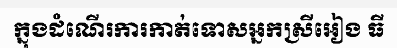
ក្នុងដំណើរការកាត់ទោសអ្នកស្រីអៀង ធី